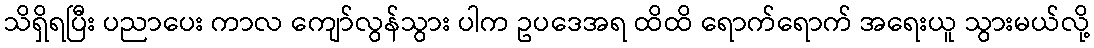
သိရှိရပြီး ပညာပေး ကာလ ကျော်လွန်သွား ပါက ဥပဒေအရ ထိထိ ရောက်ရောက် အရေးယူ သွားမယ်လို့